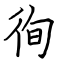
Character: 徇